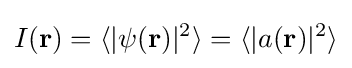
I({\textbf {r}})=\langle |\psi ({\textbf {r}})|^{2}\rangle =\langle |a({\textbf {r}})|^{2}\rangle